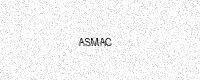
Text: ASMAC